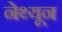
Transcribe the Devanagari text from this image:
नेथ्यून